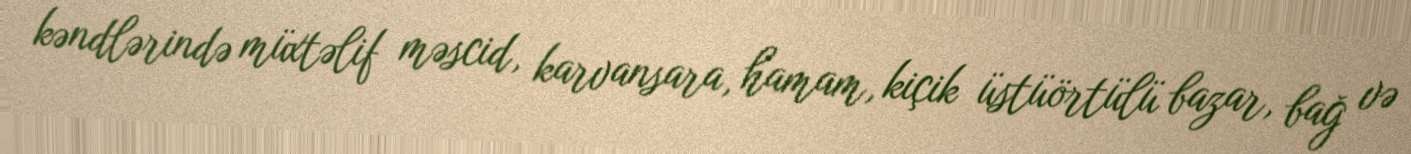
kəndlərində müxtəlif məscid, karvansara, hamam, kiçik üstüörtülü bazar, bağ və